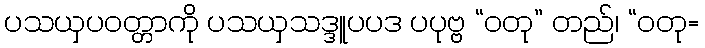
ပသယှပဝတ္တာကို ပသယှသဒ္ဒူပပဒ ပပုဗ္ဗ “ဝတု” တည်၊ “ဝတု=